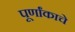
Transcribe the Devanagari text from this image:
पूर्णांकाचे